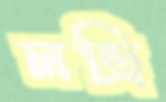
লন্ড্রি